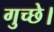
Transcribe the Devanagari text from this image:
गुच्छे।